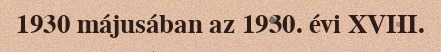
1930 májusában az 1930. évi XVIII.